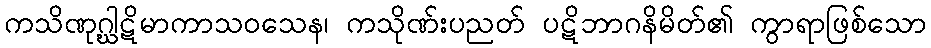
ကသိဏုဂ္ဃါဋိမာကာသဝသေန၊ ကသိုဏ်းပညတ် ပဋိဘာဂနိမိတ်၏ ကွာရာဖြစ်သော